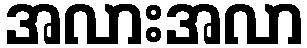
အလားအလာ